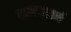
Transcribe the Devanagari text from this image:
शासनानं